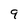
Character: 9